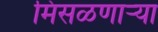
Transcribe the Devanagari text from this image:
मिसळणार्‍या